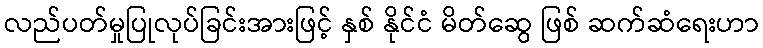
လည်ပတ်မှုပြုလုပ်ခြင်းအားဖြင့် နှစ် နိုင်ငံ မိတ်ဆွေ ဖြစ် ဆက်ဆံရေးဟာ